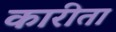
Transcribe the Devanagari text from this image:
कारीता